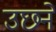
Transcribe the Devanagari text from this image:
उछने